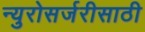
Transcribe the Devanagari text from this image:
न्युरोसर्जरीसाठी